Report of the Indian Hemp Drugs Commission, 1894-1895 - Volume III
Year: 1894
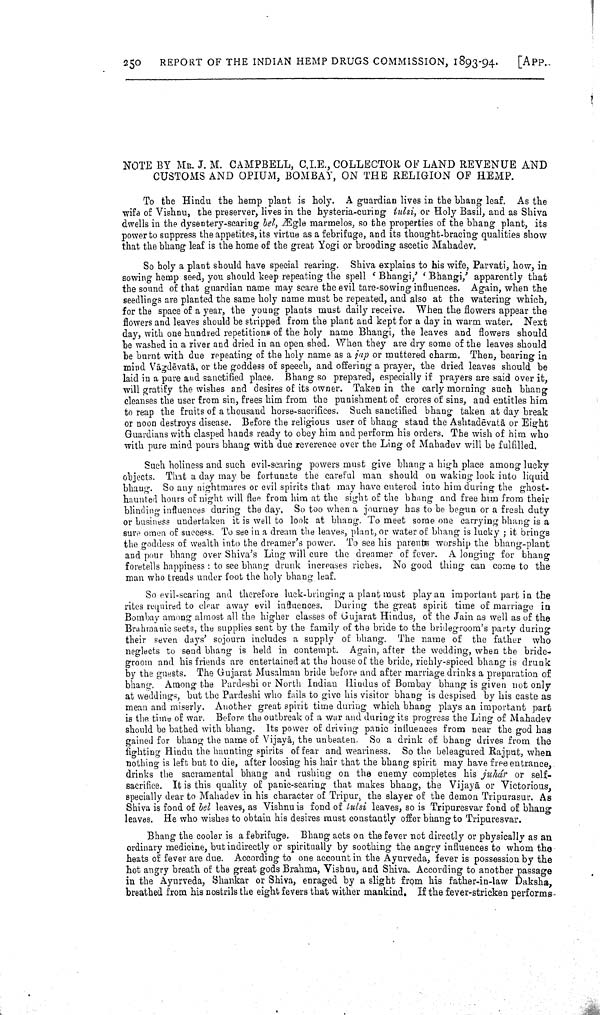
250
REPORT OF THE INDIAN HEMP DRUGS COMMISSION, 1893-94.
[APP.
NOTE BY MR. J. M. CAMPBELL, C.I.E., COLLECTOR OF LAND REVENUE AND
CUSTOMS AND OPIUM, BOMBAY, ON THE RELIGION OF HEMP.
To the Hindu the hemp plant is holy. A guardian lives in the bhang leaf. As the
wife of Vishnu, the preserver, lives in the hysteria-curing tulsi, or Holy Basil, and as Shiva
dwells in the dysentery-scaring bel, Ægle marmelos, so the properties of the bhang plant, its
power to suppress the appetites, its virtue as a febrifuge, and its thought-bracing qualities show
that the bhang leaf is the home of the great Yogi or brooding ascetic Mahadev.
So holy a plant should have special rearing. Shiva explains to his wife, Parvati, how, in
sowing hemp seed, you should keep repeating the spell 'Bhangi,' 'Bhangi,' apparently that
the sound of that guardian name may scare the evil tare-sowing influences. Again, when the
seedlings are planted the same holy name must be repeated, and also at the watering which,
for the space of a year, the young plants must daily receive. When the flowers appear the
flowers and leaves should be stripped from the plant and kept for a day in warm water. Next
day, with one hundred repetitions of the holy name Bhangi, the leaves and flowers should
be washed in a river and dried in an open shed. When they are dry some of the leaves
be burnt with due repeating of the holy name as a jap or muttered charm. Then, bearing in
mind Vāgdēvatā, or the goddess of speech, and offering a prayer, the dried leaves should be
laid in a pure and sanctified place. Bhang so prepared, especially if prayers are said over it,
will gratify the wishes and desires of its owner. Taken in the early morning such bhang
cleanses the user from sin, frees him from the punishment of crores of sins, and entitles him
to reap the fruits of a thousand horse-sacrifices. Such sanctified bhang taken at day break
or noon destroys disease. Before the religious user of bhang stand the Ashtadēvatā or Eight
Guardians with clasped hands ready to obey him and perform his orders. The wish of him who
with pure mind pours bhang with due reverence over the Ling of Mahadev will be fulfill
Such holiness and such evil-scaring powers must give bhang a high place among lucky
objects. That a day may be fortunate the careful man should on waking look into liquid
bhang. So any nightmares or evil spirits that may have entered into him during the ghost-
haunted hours of night will flee from him at the sight of the bhang and free him from their
blinding influences during the day. So too when a journey has to be begun or a fresh duty
or business undertaken it is well to look at bhang. To meet some one carrying bhang is a
sure omen of success. To see in a dream the leaves, plant, or water of bhang is lucky; it brings
the goddess of wealth into the dreamer's power. To see his parents worship the bhang-plant
and pour bhang over Shiva's Ling will cure the dreamer of fever. A longing for bhang
foretells happiness: to see bhang drunk increases riches. No good thing can come to the
man who treads under foot the holy bhang leaf.
So evil-scaring and therefore luck-bringing a plant must play an important part in the
rites required to clear away evil influences. During the great spirit time of marriage in
Bombay among almost all the higher classes of Gujarat Hindus, of the Jain as well as of the
Brahmanic sects, the supplies sent by the family of the bride to the bridegroom's party during
their seven days' sojourn includes a supply of bhang. The name of the father who
neglects to send bhang is held in contempt. Again, after the wedding, when the bride
groom and his friends are entertained at the house of the bride, richly-spiced bhang is drunk
by the guests. The Gujarat Musalman bride before and after marriage drinks a preparation of
bhang. Among the Pardeshi or North Indian Hindus of Bombay bhang is given not only
at weddings, but the Pardeshi who fails to give his visitor bhang is despised by his caste as
mean and miserly. Another great spirit time during which bhang plays an important part
is the time of war. Before the outbreak of a war and during its progress the Ling of Mahadev
should be bathed with bhang. Its power of driving panic influences from near the god has
gained for bhang the name of Vijayā, the unbeaten. So a drink of bhang drives from the
fighting Hindu the haunting spirits of fear and weariness. So the beleagured Rajput, when
nothing is left but to die, after loosing his hair that the bhang spirit may have free entrance,
drinks the sacramental bhang and rushing on the enemy completes his juhár or self-
sacrifice. It is this quality of panic-scaring that makes bhang, the Vijayā or Victorious,
specially dear to Mahadev in his character of Tripur, the slayer of the demon Tripurasur. As
Shiva is fond of bel leaves, as Vishnu is fond of tulsi leaves, so is Tripuresvar fond of bhang
leaves. He who wishes to obtain his desires must constantly offer bhang to Tripuresvar.
Bhang the cooler is a febrifuge. Bhang acts on the fever not directly or physically as an
ordinary medicine, but indirectly or spiritually by soothing the angry influences to whom the
heats of fever are due. According to one account in the Ayurveda, fever is possession by the
hot angry breath of the great gods Brahma, Vishnu, and Shiva. According to another passage
in the Ayurveda, Shankar or Shiva, enraged by a slight from his father-in-law Daksha,
breathed from his nostrils the eight fevers that wither mankind. If the fever-stricken performs